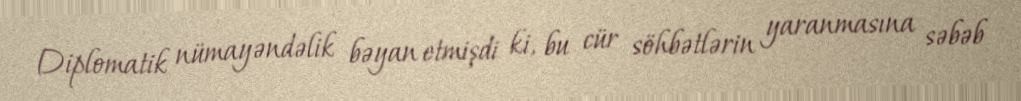
Diplomatik nümayəndəlik bəyan etmişdi ki, bu cür söhbətlərin yaranmasına səbəb